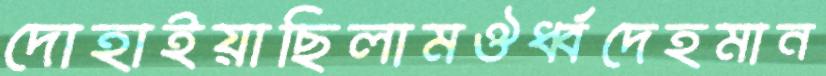
দোহাইয়াছিলামঔর্ধ্বদেহমান